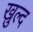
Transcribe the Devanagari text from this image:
ख़ुल्द